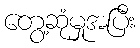
တွေ့ဆုံမှုအပြီး